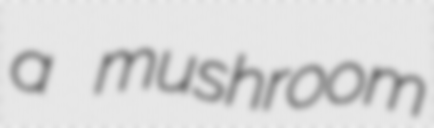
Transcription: a mushroom